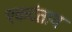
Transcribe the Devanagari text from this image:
एकदंताय